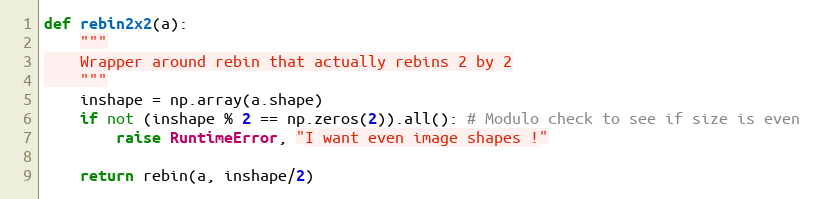
Language: Python
def rebin2x2(a):
    """
    Wrapper around rebin that actually rebins 2 by 2
    """
    inshape = np.array(a.shape)
    if not (inshape % 2 == np.zeros(2)).all(): # Modulo check to see if size is even
        raise RuntimeError, "I want even image shapes !"

    return rebin(a, inshape/2)